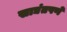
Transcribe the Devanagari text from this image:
साद्यंतपणे